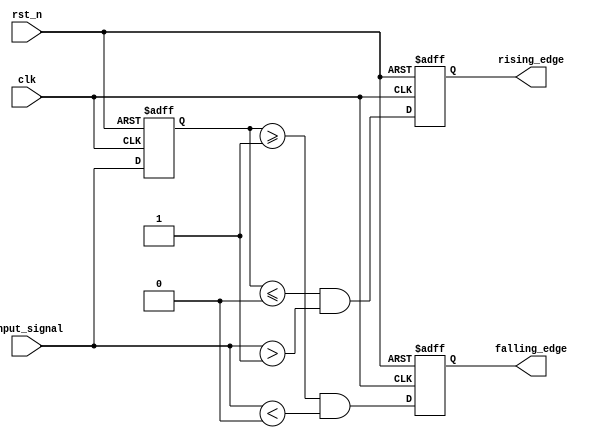
module SchmittTriggerEdgeDetector (
    input wire clk,                 // Clock signal for the Memory Block
    input wire rst_n,               // Active-low reset
    input wire input_signal,        // Noisy input signal
    output reg rising_edge,         // Pulse for rising edge detection
    output reg falling_edge         // Pulse for falling edge detection
);

    // Parameters for threshold levels (can be set based on application)
    parameter Vth_plus = 1'b1;     // Upper threshold
    parameter Vth_minus = 1'b0;    // Lower threshold

    // State variables
    reg input_signal_prev;          // Previous state of the input signal
    reg schmitt_trigger_output;     // Output of the Schmitt Trigger

    // Schmitt Trigger logic
    always @(posedge clk or negedge rst_n) begin
        if (!rst_n) begin
            schmitt_trigger_output <= 1'b0; // Initialize output
        end else begin
            // Schmitt Trigger behavior
            if (input_signal > Vth_plus) begin
                schmitt_trigger_output <= 1'b1; // Output high if above Vth+
            end else if (input_signal < Vth_minus) begin
                schmitt_trigger_output <= 1'b0; // Output low if below Vth-
            end
        end
    end

    // Edge detection logic
    always @(posedge clk or negedge rst_n) begin
        if (!rst_n) begin
            rising_edge <= 1'b0;     // Reset rising edge signal
            falling_edge <= 1'b0;    // Reset falling edge signal
            input_signal_prev <= 1'b0; // Initialize previous input state
        end else begin
            // Edge detection
            rising_edge <= (input_signal_prev <= Vth_minus) && (input_signal > Vth_plus);
            falling_edge <= (input_signal_prev >= Vth_plus) && (input_signal < Vth_minus);

            // Update previous input state
            input_signal_prev <= input_signal; 
        end
    end

endmodule